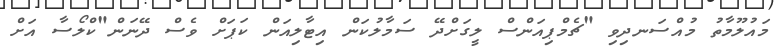
މައުލޫމާތު މުއްސަނދިވި "ޗެމްޕިއަންސް ލީގަށްދޭ ސަމާލުކަން އިޓާލިއަން ކަޕަށް ވެސް ދޭނަން"ކްލޯސާ އަށް